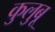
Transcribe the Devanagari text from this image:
कुलुबू